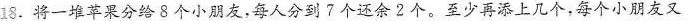
18.将一堆苹果分给8个小朋友，每人分到7个还余2个。至少再添上几个，每个小朋友又